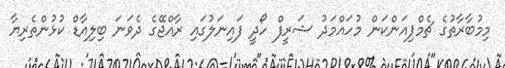
މިމުބާރާތުގެ ޗެމްޕިއަންކަން މުހައްމަދު ޝަރީފް ހޯދީ ފައިނަލުގައި ރާއްޖޭގެ ދެވަނަ ބިލިއާޑް ކުޅުންތެރިޔާ